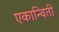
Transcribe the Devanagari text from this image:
एकान्विती